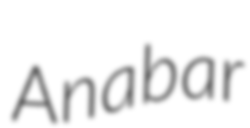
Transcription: Anabar